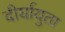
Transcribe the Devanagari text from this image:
दीर्घायुता